Civil Veterinary Department. Madras. Admin. report 1910-25 - 1910-1925
Year: 1910
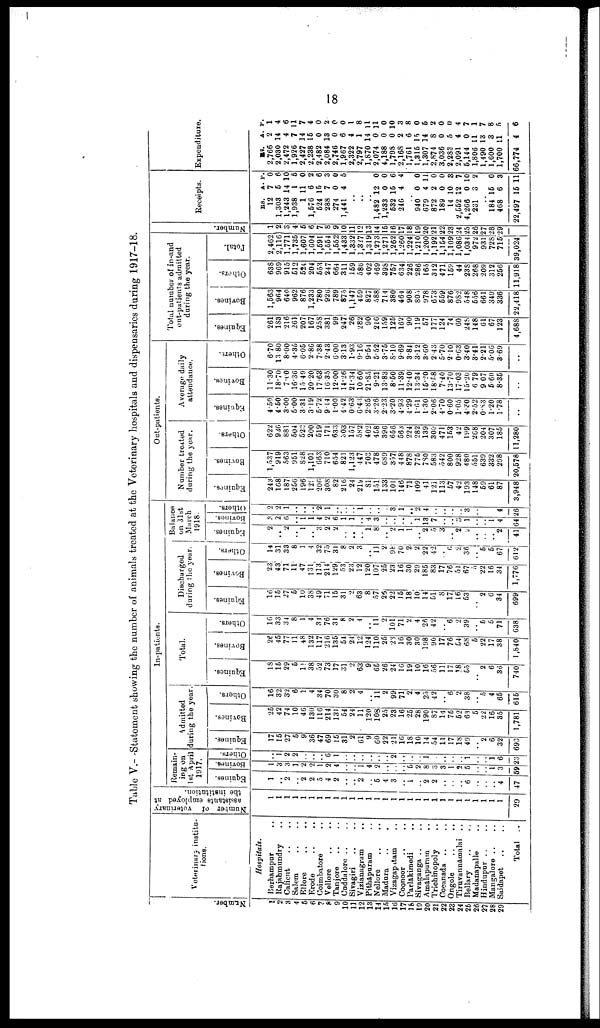
18
Table V.- Statoment showing the number of animals treated at the Veterinary hospitals and dispensaries during 1917-18.
Number
1
2
3
4
6
6
7
8
9
10
11
12
13
14
15
16
17
18
19
20
21
22
23
24
25
26
27
28
29
Veterinary institu-
tions.
Hospitals.
Berhampur ..
Rajahmundry ..
Calient .. ..
Salem
Ellore .. ..
Erode
Coimbatore ..
Vellore .. ..
Tanjore .. ..
Cuddalore .. ..
Sivagiri .. ..
Vizianagram ..
Pithapuram ..
Nellore .. ..
Madura .. ..
Vizagapatam ..
Coonoor .. ..
Parlakimedi ..
Sivaganga .. ..
Amalapuram ..
Trichinopoly ..
Cocanada .. ..
Ongole .. ..
Tiruvannamalai ..
Bellary .. ..
Madanapalle ..
Hindupur .. ..
Mangalore .. ..
Saidapet .. ..
Total
..
Number of
veterinary
assistants
employed
at
the
institution.
1
1
1
1
1
1
1
1
1
1
1
1
1
1
1
1
1
1
1
1
1
1
1
1
1
1
1
1
1
29
In-patients.
Remain-
ing on
1st April
1917.
Equines.
1
..
2
..
2
2
5
4
2
..
..
2
..
5
4
3
..
1
..
2
2
..
..
..
6
..
..
..
4
47
1
3
3
1
2
2
1
2
4
..
..
1
4
2
..
..
..
5
2
8
3
3
1
2
5
..
..
1
3
58
..
1
2
2
..
..
..
6
1
..
..
..
..
..
..
2
..
..
..
1
..
..
..
..
1
..
..
1
6
23
Admitted
during the year
Equines.
17
15
27
5
9
36
47
69
15
31
2
61
9
60
22
21
16
18
10
14
54
11
17
18
49
..
2
6
32
693
Bovines.
25
42
74
10
46
130
116
214
131
54
24
11
120
108
25
23
16
25
28
190
87
14
75
52
63
5
22
16
35
1,781
Others.
16
32
32
6
1
4
34
70
30
8
2
4
..
11
2
99
71
2
4
23
42
..
6
2
38
..
5
4
65
615
Total.
Equines.
18
15
29
5
11
38
52
73
17
31
2
63
9
65
26
24
16
19
10
16
56
11
17
18
65
..
2
6
36
740
Bovines.
26
45
77
11
48
132
117
216
135
54
24
12
124
110
26
23
16
30
30
198
90
17
76
54
68
6
22
17
38
1,840
Others.
16
33
34
8
1
4
34
76
31
8
2
4
..
11
2
101
71
2
4
26
42
..
6
2
39
..
5
5
71
638
Discharged
during the year.
Equines.
16
15
27
6
10
38
49
71
15
31
2
63
8
57
26
22
15
18
10
14
51
8
17
16
53
..
2
6
34
699
Bovines.
23
43
71
11
47
131
113
214
129
53
23
12
120
107
25
23
16
30
29
185
83
17
76
51
67
5
22
16
34
1,776
Others.
14
31
33
8
1
4
32
75
31
8
2
3
..
11
2
98
70
2
2
22
42
..
6
2
36
..
5
5
67
612
Balance
on 31st
March
1918.
Equines.
2
.. 2
..
1
..
3
2
2
..
..
..
1
8
..
2
1
1
..
2
5
3
..
2
2
..
..
..
2
41
Bovines.
3
2
6
..
1
1
4
2
6
1
1
..
4
3
..
..
..
..
1
13
7
..
..
3
1
..
..
1
4
64
Others.
2
2
..
..
..
..
2
..
..
..
..
..
..
..
..
3
1
..
2
4
..
..
..
..
3
..
..
..
4
26
Out-patients.
Number treated
during the year.
Equines.
243
168
187
256
196
129
206
308
82
216
24
219
81
151
133
101
146
71
109
41
121
113
67
42
193
148
59
61
87
3,948
Bovines.
1,537
919
563
951
828
1,101
663
710
654
821
1,123
147
703
478
689
357
448
878
775
780
583
542
800
928
480
551
639
332
298
20,578
Others.
622
936
881
504
523
200
519
171
633
303
157
582
402
458
396
656
563
224
282
139
300
471
153
42
199
268
204
307
185
11,280
Average daily
attendance.
Equines.
4.50
4.50
3.00
600
3.31
319
5.72
9.14
1.00
4.42
063
6.43
2.85
3.26
2.23
3.20
4.93
4.29
1.61
1.30
2.06
4.70
0.60
1.05
4.30
2.52
0.83
1.20
1.78
..
Bovines.
11.30
18.70
7.00
16.36
15.49
20.20
17.63
16.35
12.00
14.26
21.34
10 60
21.85
9.21
13.83
8.50
11.39
12.40
13.34
15.20
18.58
7.40
13.70
1703
15.20
6 79
9 07
6.60
8.35
..
Others.
6.70
13.80
8.00
4.35
6.05
2.86
7.38
2.43
6.00
3.13
1.93
9.16
9.54
5.52
3.75
8.10
9.69
3.84
3.12
3.60
2.43
5.70
210
0.63
3.40
3.41
2.21
5.06
3.69
..
Total number of in-and
out-patients admitted
during the year.
Equines.
261
183
216
261
207
167
258
381
99
247
26
282
90
216
159
126
162
90
119
57
177
124
74
60
248
148
61
67
123
4,688
Bovines.
1,563
964
640
962
876
1,233
780
926
789
875
1,147
4 69
827
588
714
380
464
908
803
978
673
659
876
982
548
556
661
349
336
22,418
Others.
638
969
915
512
524
204
553
247
664
311
159
586
402
469
398
757
634
226
286
165
342
471
159
44
238
268
209
312
256
11,918
Total.
2,462
2 116
1,771
1,735
1,607
1,604
1,591
1,554
1,552
1,433
1,332
1,327
1,319
1,273
1,271
1,262
1,260
1,224
1,210
1,200
1,192
1,154
1,109
1,086
1,034
972
931
728
715
39,024
Numbe r
.
1
2
3
4
5
6
7
8
9
10
11
12
13
14
15
16
17
18
19
20
21
22
23
24
25
26
27
28
29
Receipts.
RS. A. P.
12 7 0
1,303 5 6
1,243 14 10
1,938
1 5
1 11 0
1,576 6 2
524 15 6
288 7 3
274 0 0
1.441 4 5
..
..
..
1,482 12 0
1,233 0 0
532 15 6
246 4 4
..
940 0 0
679 4 11
872 2 0
189 0 0
14 10 3
2,552 12 7
4,266 0 10
231 3 2
..
184 15 0
468 6 3
22,497 15 11
Expenditure.
RS. A. P.
2,766 2 1
2,030 14 4
2,472 4 6
1,926 7 11
2,427 14 7
2,238 15 4
2,482 0 0
2,084 13 2
2,746 0 0
1,967 6 0
2,322 4 1
2,797 1 8
1,870 14 11
2,074 0 11
4,188 0 0
1,798 0 10
2,168 2 3
1,761 6 8
1,315 15 0
1,307 14 6
2,874 8 2
3,036 0 0
2,283 5 0
2,091 4 4
5,144 0 7
1,806 11 1
1,490 13 7
1,600 3 8
1,700 11 5
66,774 4 6